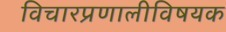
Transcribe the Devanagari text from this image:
विचारप्रणालीविषयक